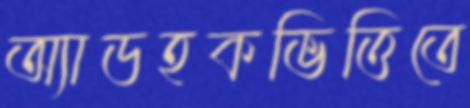
অ্যাডহকভিত্তিতে